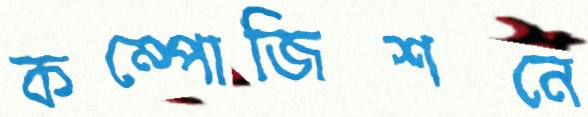
কম্পোজিশনে